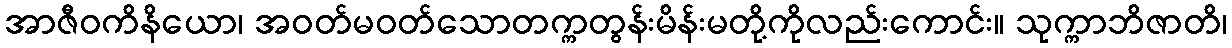
အာဇီဝကိနိယော၊ အဝတ်မဝတ်သောတက္ကတွန်းမိန်းမတို့ကိုလည်းကောင်း။ သုက္ကာဘိဇာတိ၊